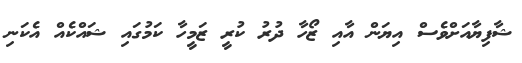
ޝާފިޔާއަށްވެސް އިޔަން އާއި ޒޯހާ ދުރު ކުރީ ޒަމީހާ ކަމުގައި ޝައްކެއް އެކަނި